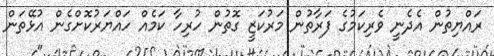
ރައްޔިތުން އެދެނީ ވެރިކަމުގެ ފަރާތުން މަރުކަޒީ ގޮތުން ހުރިހާ ކަމެއް ހައްޔަރުކޮށްގެން އުޅޭތަން